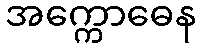
အက္ကောဓေန